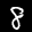
Label: 8